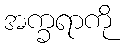
အက္ခရာကို